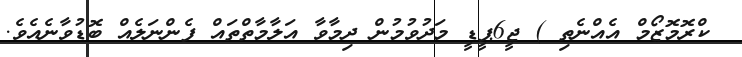
ކްރޮމޮޒޯމް އެއްނެތި ) ޖީ6ޕީޑީ މަދުވުމުން ދިމާވާ އަލާމާތްތައް ފެންނަލެއް ބޮޑުވާނެއެވެ.